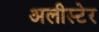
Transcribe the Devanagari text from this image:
अलीस्टेर